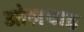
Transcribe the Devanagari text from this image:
ओलपाड